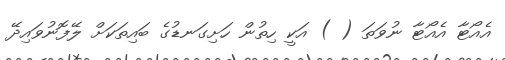
އެއޯޓާ އެއޯޓާ ނުވަތަ ( ) އަކީ ހިތުން ހަށިގަނޑުގެ ބައިތަކަށް ލޭފޮނުވައިދޭ